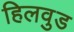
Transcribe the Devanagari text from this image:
हिलवुड